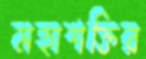
মহাশক্তির